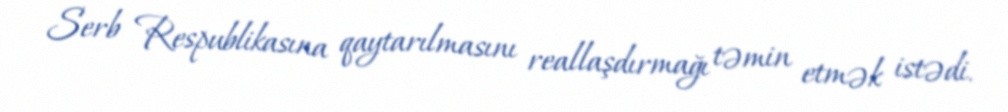
Serb Respublikasına qaytarılmasını reallaşdırmağı təmin etmək istədi.